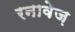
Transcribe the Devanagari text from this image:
रनावेज़